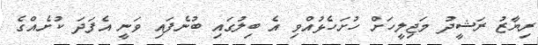
ރިޔާޒު ރަޝީދު މަޖިލީހަށް ހުށަހެޅުއްވި އެ ބިލުގައި ބުނެފައި ވަނީ އެފަދަ ކުށެއްގެ